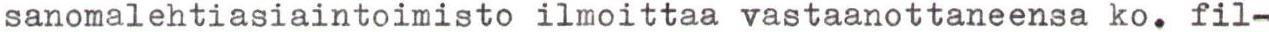
sanomalehtiasiaintoimisto ilmoittaa vastaanottaneensa ko. fil-